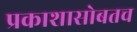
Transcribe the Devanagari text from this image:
प्रकाशासोबतच